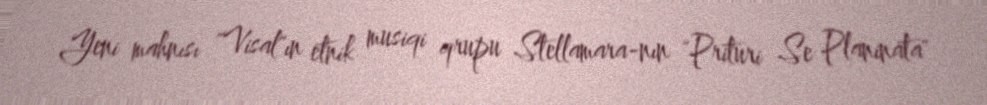
Yeni mahnısı "Visal"ın etnik musiqi qrupu Stellamara-nın "Prituri Se Planinata"